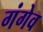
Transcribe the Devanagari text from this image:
गंगेव